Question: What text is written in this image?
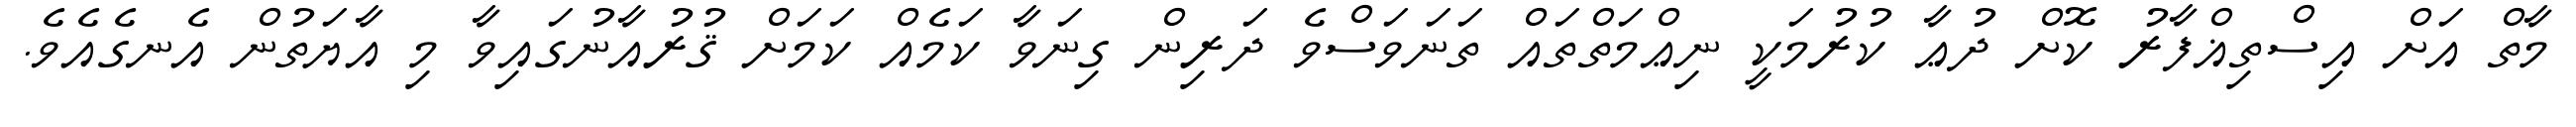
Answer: މާތް އަށް އިސްތިޣްފާރު ކޮށް ދުޢާ ކުރުމަކީ ނިޢްމަތްތައް ތަނަވަސްވެ ދަރިން ގިނަވާ ކަމެއް ކަމަށް ޤުރުއާނުގައިވާ މި އާޔަތުން އެނގެއެވެ.